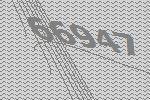
66947